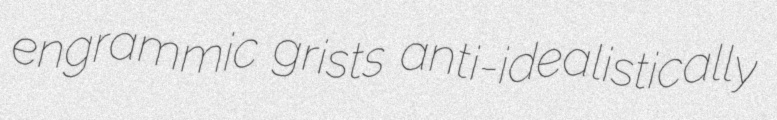
engrammic grists anti-idealistically